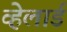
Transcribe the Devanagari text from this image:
व्हेलार्ड